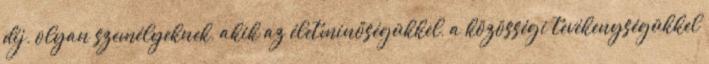
díj, olyan személyeknek, akik az életminőségükkel, a közösségi tevékenységükkel